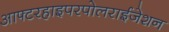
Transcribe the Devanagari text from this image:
आफ्टरहाइपरपोलराईजेशन